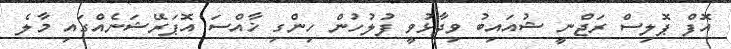
އޮފް ޕޮލިސް ރަޖްނީ ޝުއައިބު ވިދާޅުވީ ފުލުހުން ހިންގި ޚާއްސަ އޮޕަރޭޝަނެއްގައި މާލެ